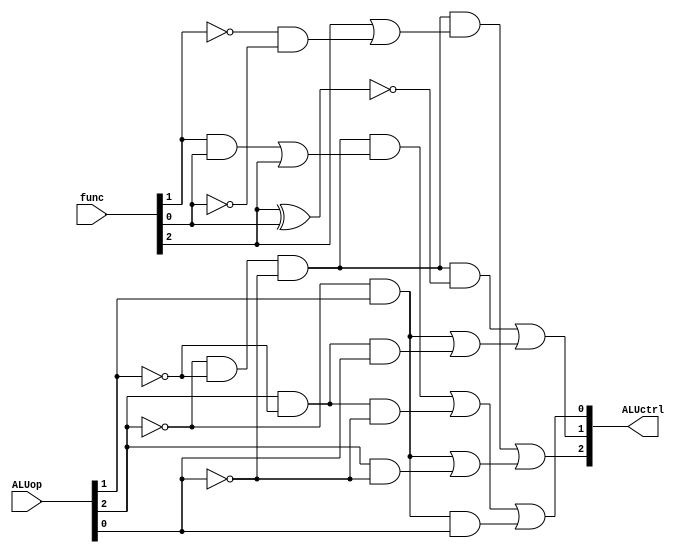
module ALUcontrol(ALUctrl,ALUop,func);
output[2:0] ALUctrl; 
input[2:0] ALUop;
input [2:0] func;
wire E1andE0;
wire P2Not;
wire P1Not;
wire P0Not;

wire F1Not;
wire F0Not;
wire notF1andnotF0Wire;
wire allNotAluOpWire;
wire c2First;
wire c2Second;
wire c2Wire;
wire f2OrNotF1AndNotF0;
wire notP2AndP1,p2AndNotP0;


//c1wires
wire c11Wire;
wire f2XNORf0;
wire p2notP1p0;
wire c12Wire;
//c0 wires
wire c02;
wire f1andf0,c01,notP2P1P0,p2NotP1NotP0;


not e2(P2Not,ALUop[2]);
not e1(P1Not,ALUop[1]);
not e0(P0Not,ALUop[0]);

not f1Not(F1Not,func[1]);
not f0Not(F0Not,func[0]);


and allNotAluOp(allNotAluOpWire,P2Not,P1Not,P0Not); //p2' p1' p0'

and notF1andnotF0(notF1andnotF0Wire,F1Not,F0Not); // F1'.F0'

//c2
or c22(f2OrNotF1AndNotF0,func[2],notF1andnotF0Wire);//(f2 + F1'.F0')

and c21(c2First,allNotAluOpWire,f2OrNotF1AndNotF0);//(p2' p1' p0') (F2+ F1'.F0')

and notP2AndP1Gate(notP2AndP1,P2Not,ALUop[1]);
and p2AndNotP0Gate(p2AndNotP0,ALUop[2],P0Not);

or c2SecondGate(c2Second,notP2AndP1,p2AndNotP0);

or c2All(ALUctrl[2],c2First,c2Second);

//c1
xnor f2f0(f2XNORf0,func[2],func[0]);
and c11(c11Wire,allNotAluOpWire,f2XNORf0);
and p2notP1p0Gate(p2notP1p0,ALUop[2],P1Not,ALUop[0]);
or c12(c12Wire,notP2AndP1,p2notP1p0);
or c1Ans(ALUctrl[1],c11Wire,c12Wire);

//c0
and f1andF0Gate(f1andf0,func[1],func[0]);
or c02Gate(c02,f1andf0,func[2]);
and c01Gate(c01,allNotAluOpWire,c02);

and p2NotP1NotP0Gate(p2NotP1NotP0,ALUop[2],P1Not,P0Not);
and notP2P1P0Gate(notP2P1P0,notP2AndP1,ALUop[0]);
or c0Gen(ALUctrl[0],c01,p2NotP1NotP0,notP2P1P0);


endmodule